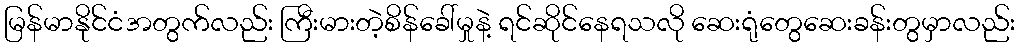
မြန်မာနိုင်ငံအတွက်လည်း ကြီးမားတဲ့စိန်ခေါ်မှုနဲ့ ရင်ဆိုင်နေရသလို ဆေးရုံတွေဆေးခန်းတွမှာလည်း